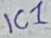
Text: IC1